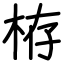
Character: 栫